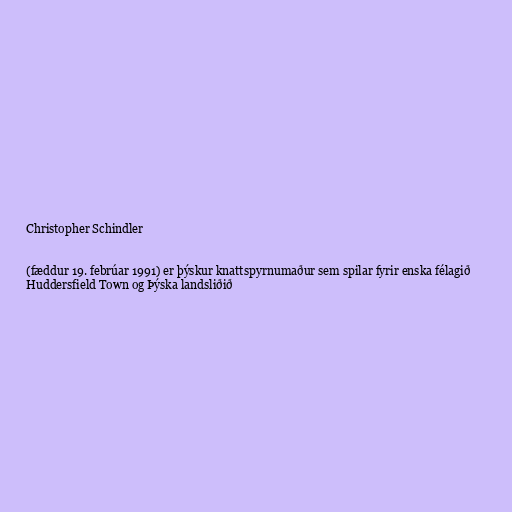
Christopher Schindler

(fæddur 19. febrúar 1991) er þýskur knattspyrnumaður sem spilar fyrir enska félagið
Huddersfield Town og Þýska landsliðið